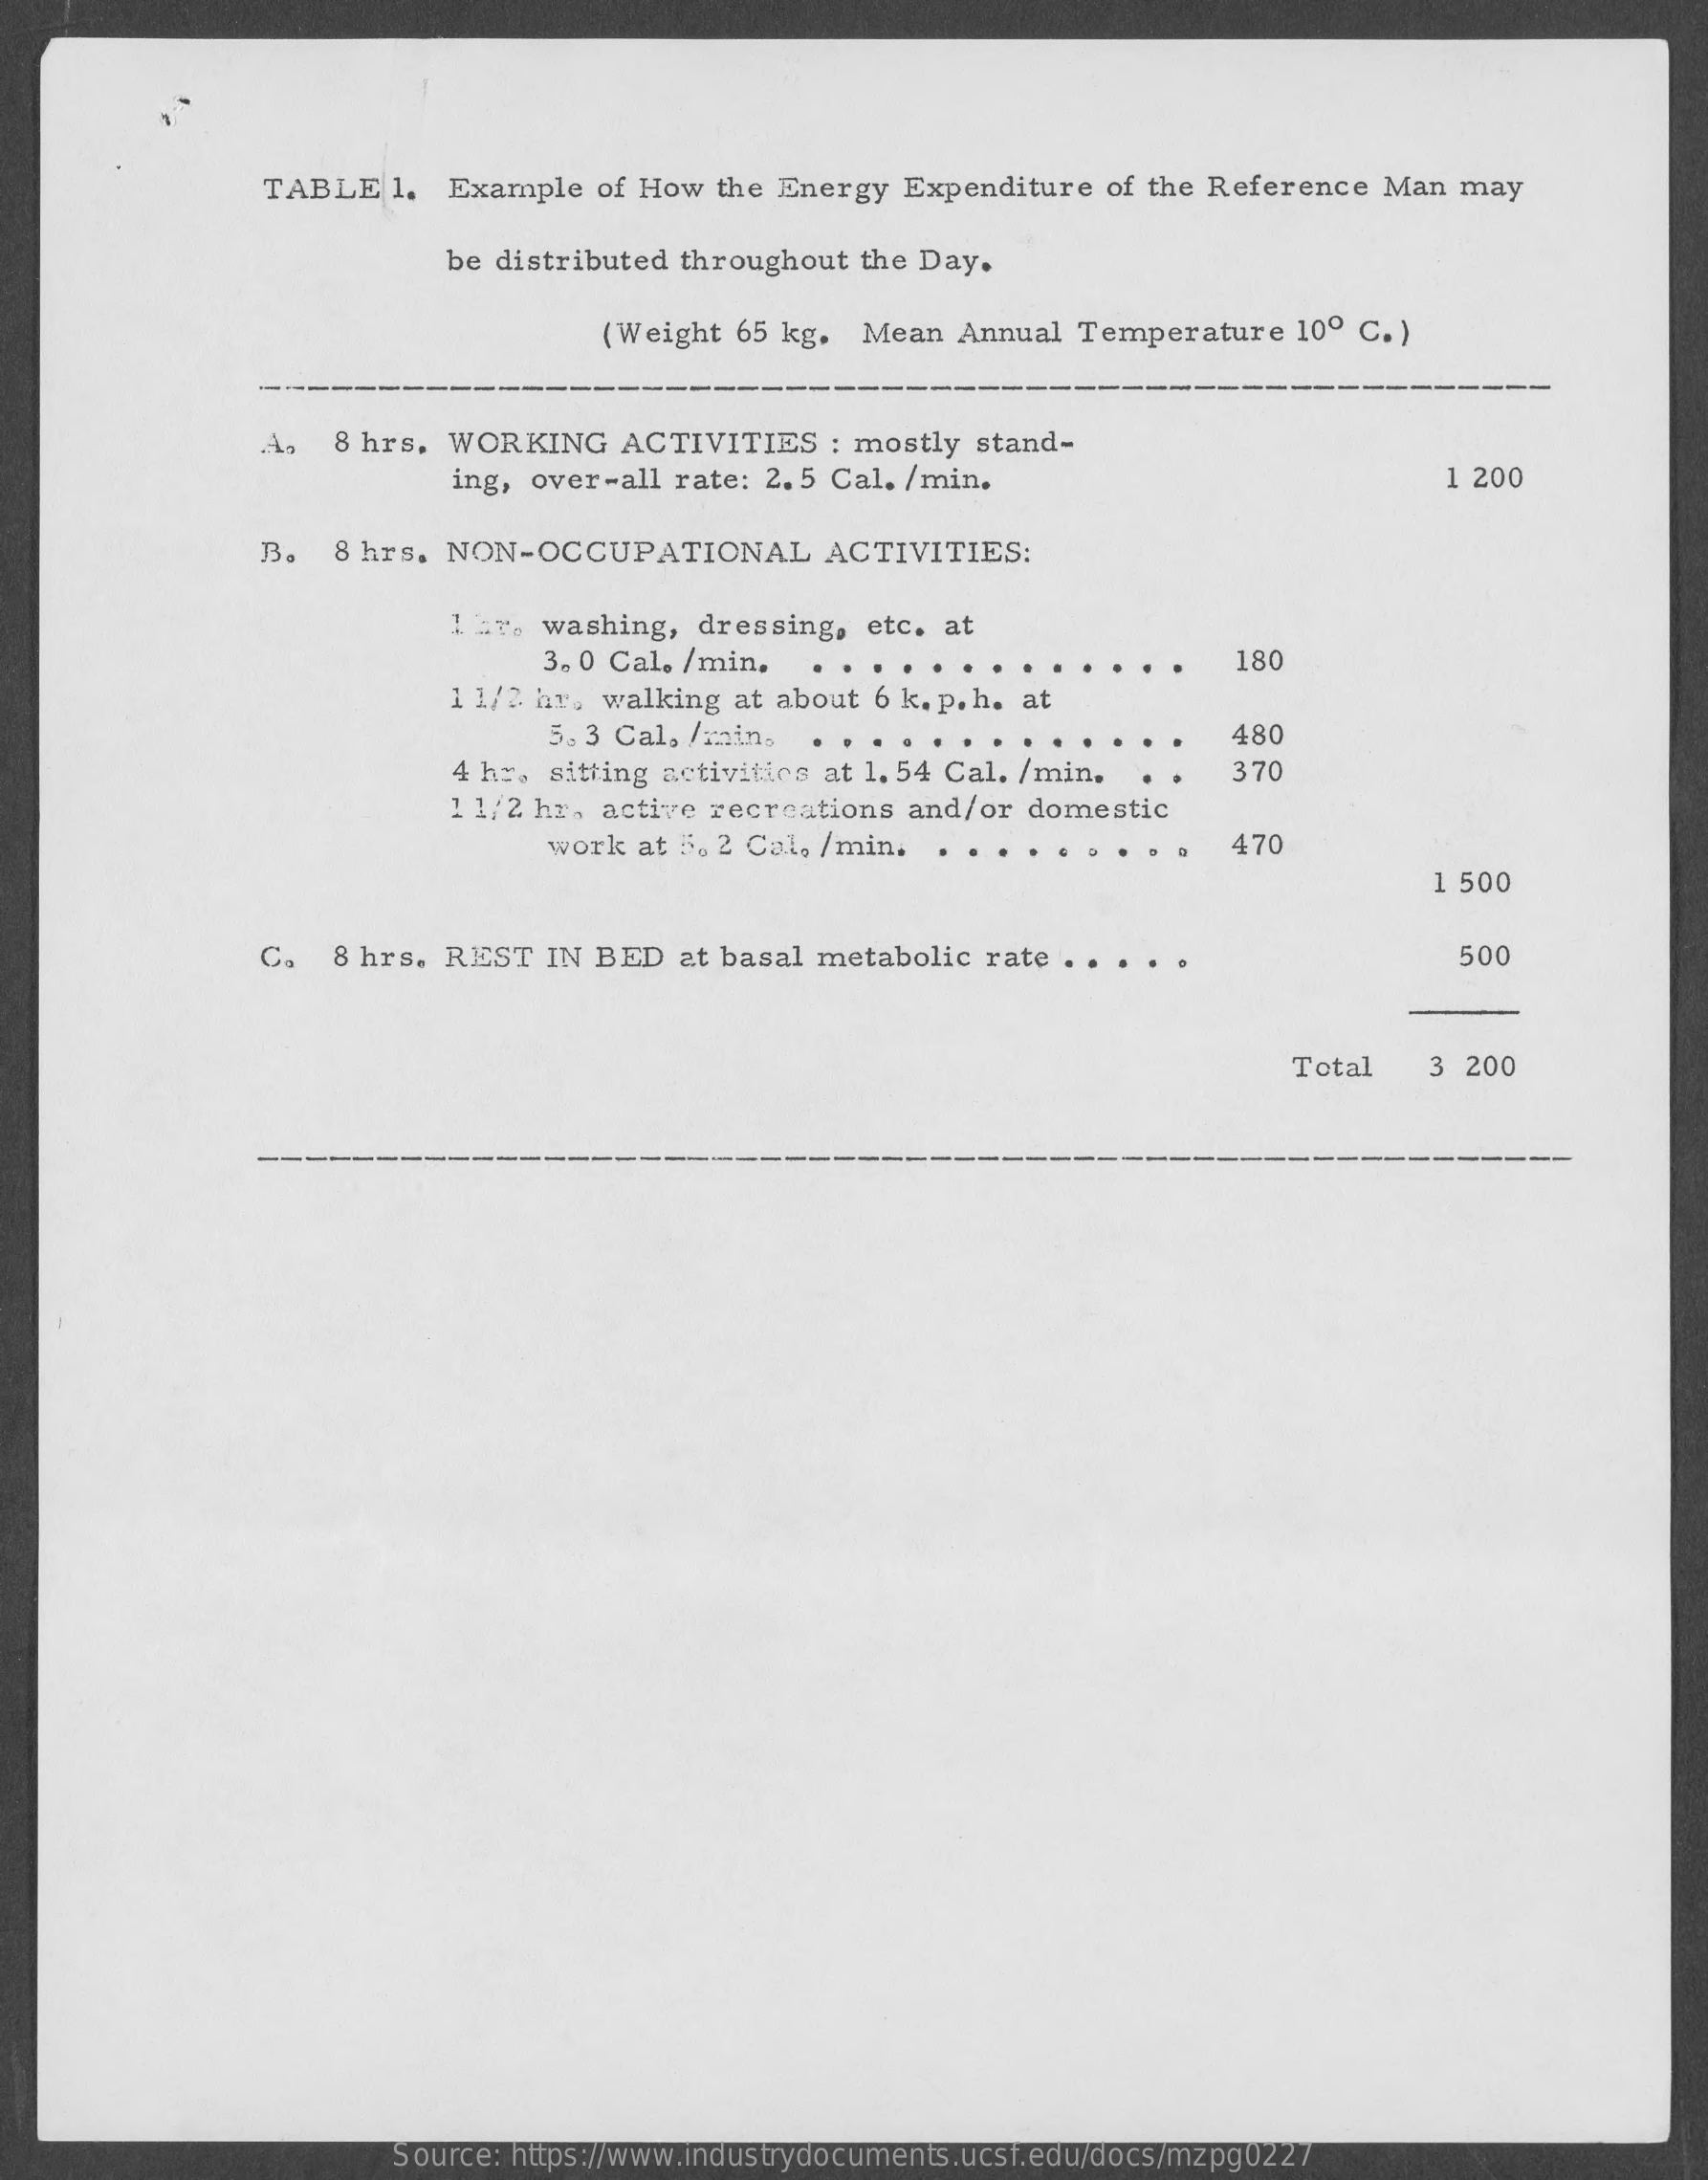
TABLE   1.  Example  of How  the Energy  Expenditure  of the Reference  Man may
     be distributed throughout the Day.
     (Weight 65 kg.  Mean  Annual  Temperature   10º C. )
     --
     A.  8 hrs.  WORKING    ACTIVITIES   : mostly  stand-
     ing, over-all rate: 2. 5 Cal. /min.    1 200
     33. 8 hrs.  NON-OCCUPATIONAL    ACTIVITIES:
     washing,  dressing,  etc. at
     3. 0 Cal. /min,    180
     1 1/2 hr. walking at about 6 k. p. h. at
     5.3 Cal, /min,    480
     4 h =, sitting activities at 1. 54 Cal. /min.    370
     1 1/2 hr, active recreations and/or  domestic
     work  at 5. 2 Cal, /min.    470
     1 500
     C.  8 hrs. REST   IN BED   at basal metabolic rate ..    500
     Total    3 200
     Source: https://www.industrydocuments.ucsf.edu/docs/mzpg0227